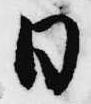
日